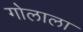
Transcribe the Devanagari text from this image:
गोलाला